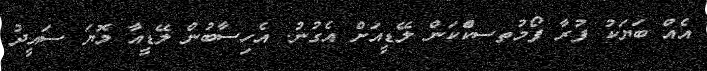
އެއް ބަޔަކު ފުރާ ފޯމުތސކެްްކަން ލޭޑީއަށް އެގުނު. އެހިސާބުން ލޭޑީއާ މޮޔަ ސައީދު